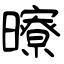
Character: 曢